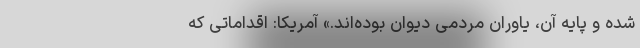
شده و پایه‌ آن، یاوران مردمی دیوان بوده‌اند.» آمریکا: اقداماتی که